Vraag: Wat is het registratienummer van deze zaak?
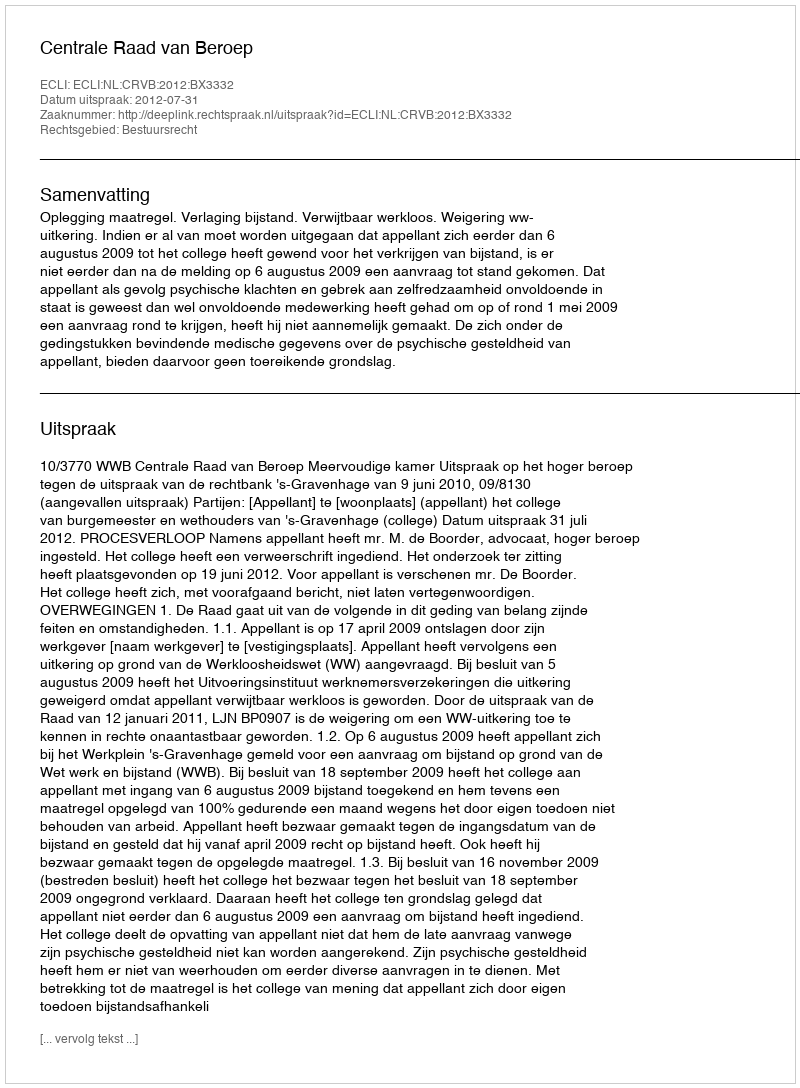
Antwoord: http://deeplink.rechtspraak.nl/uitspraak?id=ECLI:NL:CRVB:2012:BX3332